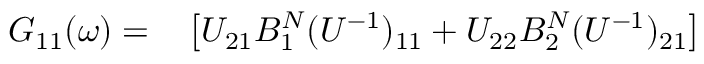
\begin{array} { r l } { G _ { 1 1 } ( \omega ) = } & { { } \left[ U _ { 2 1 } B _ { 1 } ^ { N } ( U ^ { - 1 } ) _ { 1 1 } + U _ { 2 2 } B _ { 2 } ^ { N } ( U ^ { - 1 } ) _ { 2 1 } \right] } \end{array}